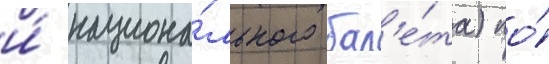
и́ национа́льного бал'е́та) по́